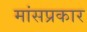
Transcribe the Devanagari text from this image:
मांसप्रकार